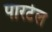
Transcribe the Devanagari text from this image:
पारटेल